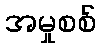
အမှုစစ်